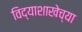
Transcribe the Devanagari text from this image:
विद्याशाखेच्या